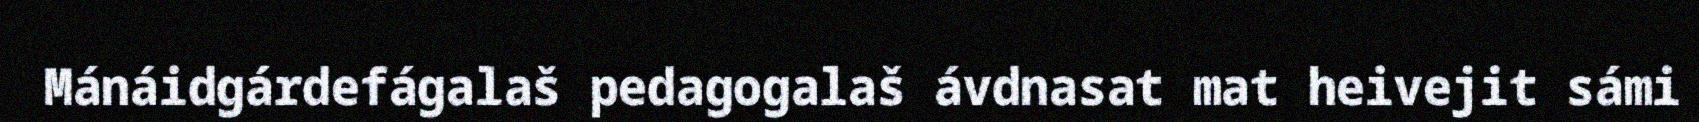
Mánáidgárdefágalaš pedagogalaš ávdnasat mat heivejit sámi